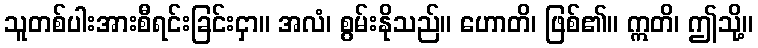
သူတစ်ပါးအားစီရင်းခြင်းငှာ။ အလံ၊ စွမ်းနိုသည်။ ဟောတိ၊ ဖြစ်၏။ ဣတိ၊ ဤသို့။